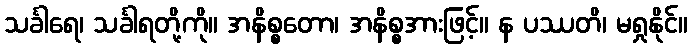
သင်္ခါရေ၊ သင်္ခါရတို့ကို။ အနိစ္စတော၊ အနိစ္စအားဖြင့်။ န ပဿတိ၊ မရှုနိုင်။